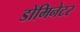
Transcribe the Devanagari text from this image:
डोमिनेटर